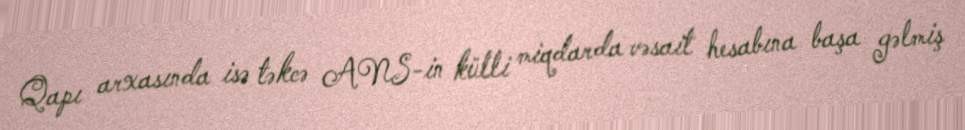
Qapı arxasında isə təkcə ANS-in külli miqdarda vəsait hesabına başa gəlmiş